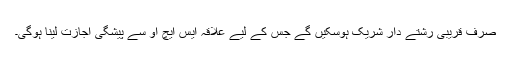
صرف قریبی رشتے دار شریک ہوسکیں گے جس کے لیے علاقہ ایس ایچ او سے پیشگی اجازت لینا ہوگی۔